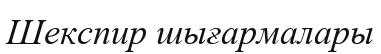
Шекспир шығармалары